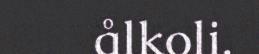
ålkoli.